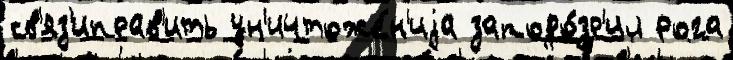
св'яз'иправ'ить ун'ичтоже́н'иjа заподо́зр'ил рога